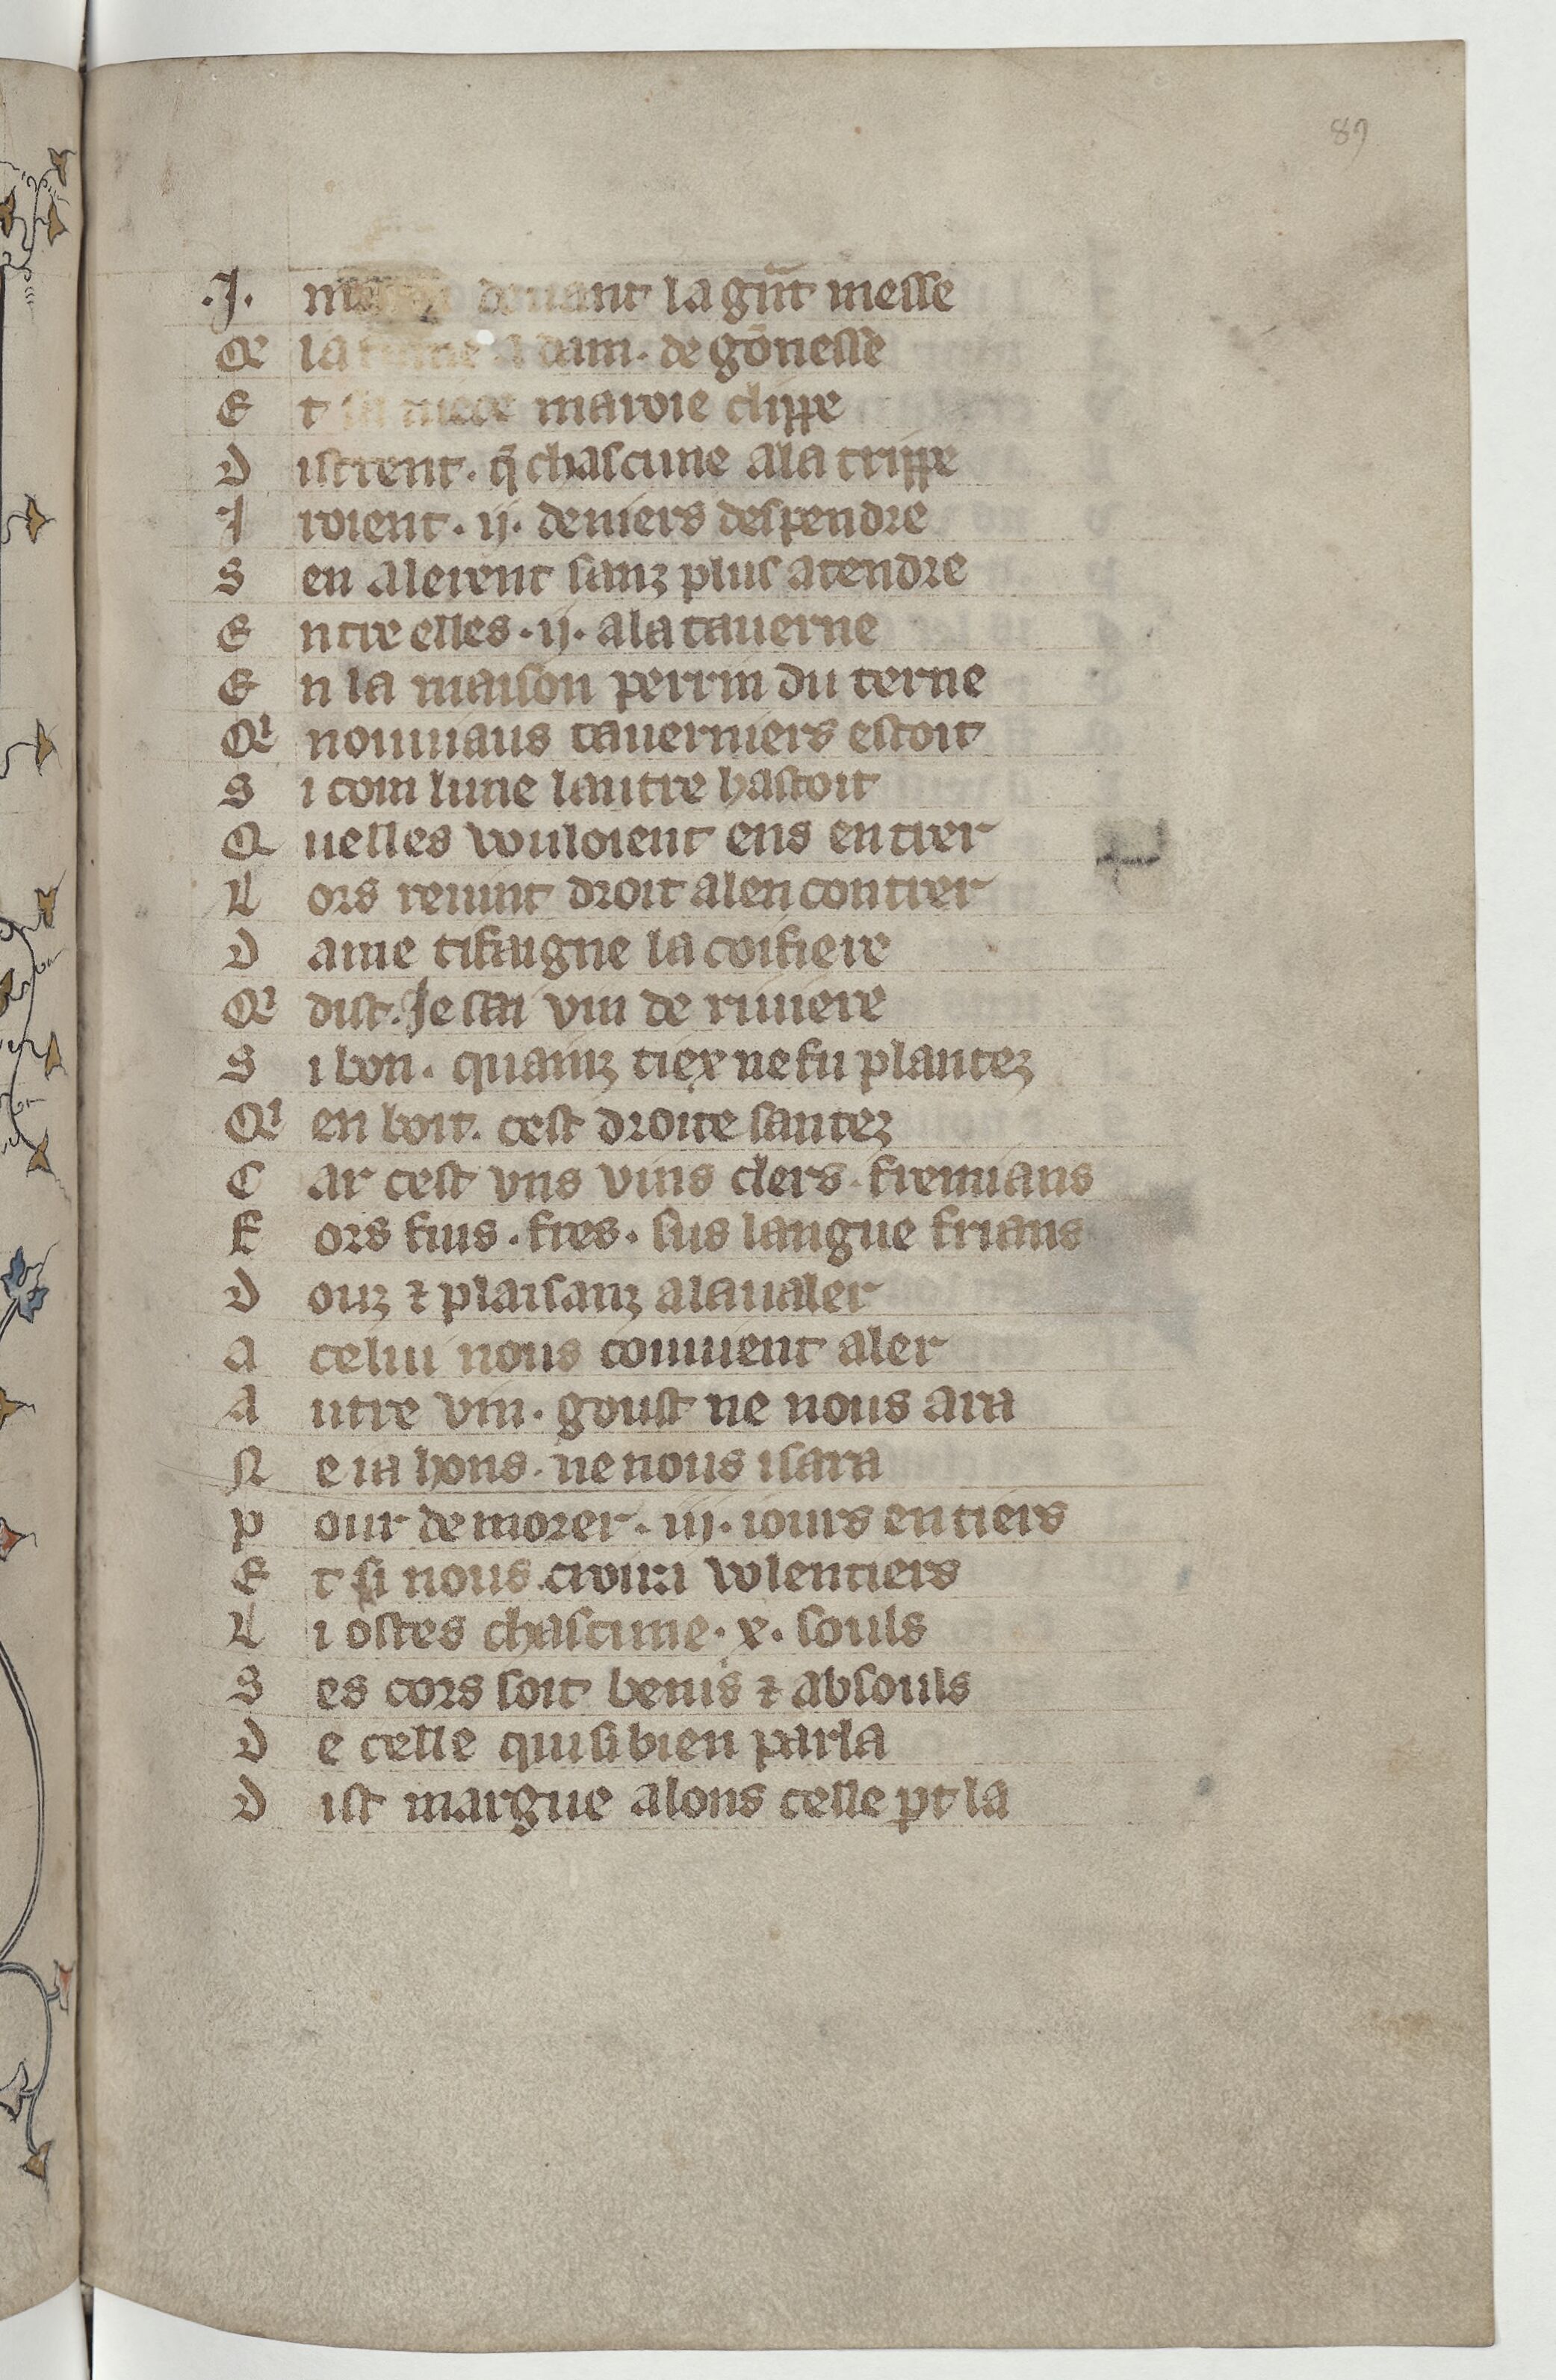
Shelfmark: Paris, BnF, Arsenal ms. 3525
Century: 14